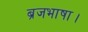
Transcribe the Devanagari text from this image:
ब्रजभाषा।